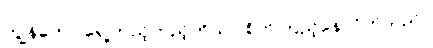
ကျွန်တော် ရှေ့တည့်တည့်ကိုသာ စိုက်ကြည့်နေလိုက်သည်။